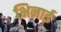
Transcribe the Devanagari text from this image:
भिनाई